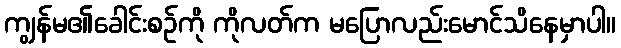
ကျွန်မ၏ခေါင်းစဉ်ကို ကိုလတ်က မပြောလည်းမောင်သိနေမှာပါ။